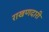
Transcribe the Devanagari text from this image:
राखणदारी